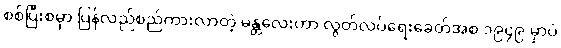
စစ်ပြီးစမှာ ပြန်လည်စည်ကားလာတဲ့ မန္တလေးဟာ လွတ်လပ်ရေးခေတ်အစ ၁၉၄၉ မှာပဲ